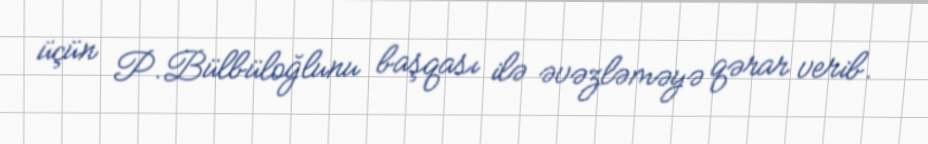
üçün P.Bülbüloğlunu başqası ilə əvəzləməyə qərar verib.